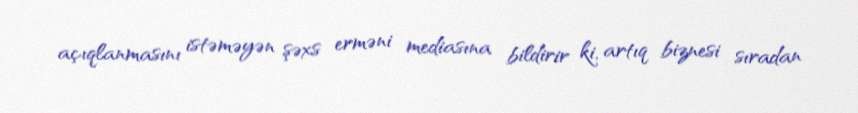
açıqlanmasını istəməyən şəxs erməni mediasına bildirir ki, artıq biznesi sıradan